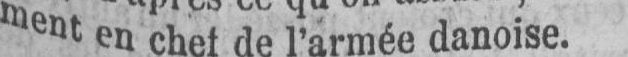
ment en chef de l’armée danoise.